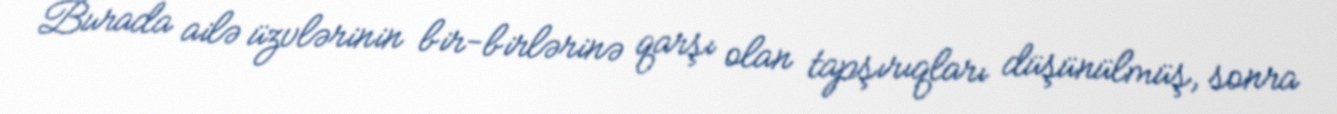
Burada ailə üzvlərinin bir-birlərinə qarşı olan tapşırıqları düşünülmüş, sonra